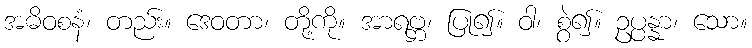
အဓိဝစနံ၊ တည်း။ ဒေဝတာ၊ တို့ကို။ အာရဗ္ဘ၊ ပြု၍။ ဝါ၊ စွဲ၍။ ဥပ္ပန္နာ၊ သော။